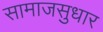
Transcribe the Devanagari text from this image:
सामाजसुधार